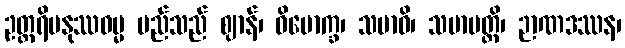
ဥတ္တရိမနုဿဓမ္မ မည်သည် ဈာန်၊ ဝိမောက္ခ၊ သမာဓိ၊ သမာပတ္တိ၊ ဉာဏဒဿန၊